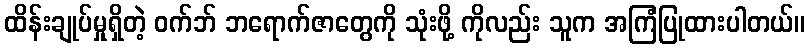
ထိန်းချုပ်မှုရှိတဲ့ ဝက်ဘ် ဘရောက်ဇာတွေကို သုံးဖို့ ကိုလည်း သူက အကြံပြုထားပါတယ်။